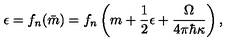
\epsilon = f _ { n } ( \bar { m } ) = f _ { n } \left( m + { \frac { 1 } { 2 } } \epsilon + { \frac { \Omega } { 4 \pi \hbar \kappa } } \right) ,